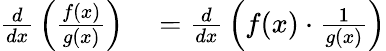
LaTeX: \begin{array}{rl}{{\frac{d}{dx}}\left({\frac{f(x)}{g(x)}}\right)}&{{}={\frac{d}{dx}}\left(f(x)\cdot{\frac{1}{g(x)}}\right)}\end{array}